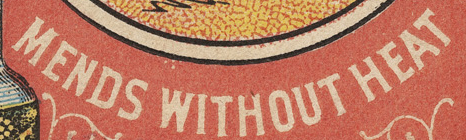
MENDS WITHOUT HEAT